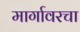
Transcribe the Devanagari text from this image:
मार्गावरचा